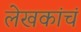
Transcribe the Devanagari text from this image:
लेखकांचं